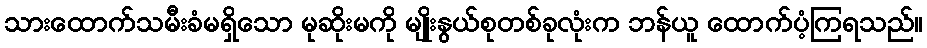
သားထောက်သမီးခံမရှိသော မုဆိုးမကို မျိုးနွယ်စုတစ်ခုလုံးက ဘန်ယူ ထောက်ပံ့ကြရသည်။